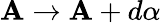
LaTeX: \mathbf{A}\rightarrow\mathbf{A}+d\alpha